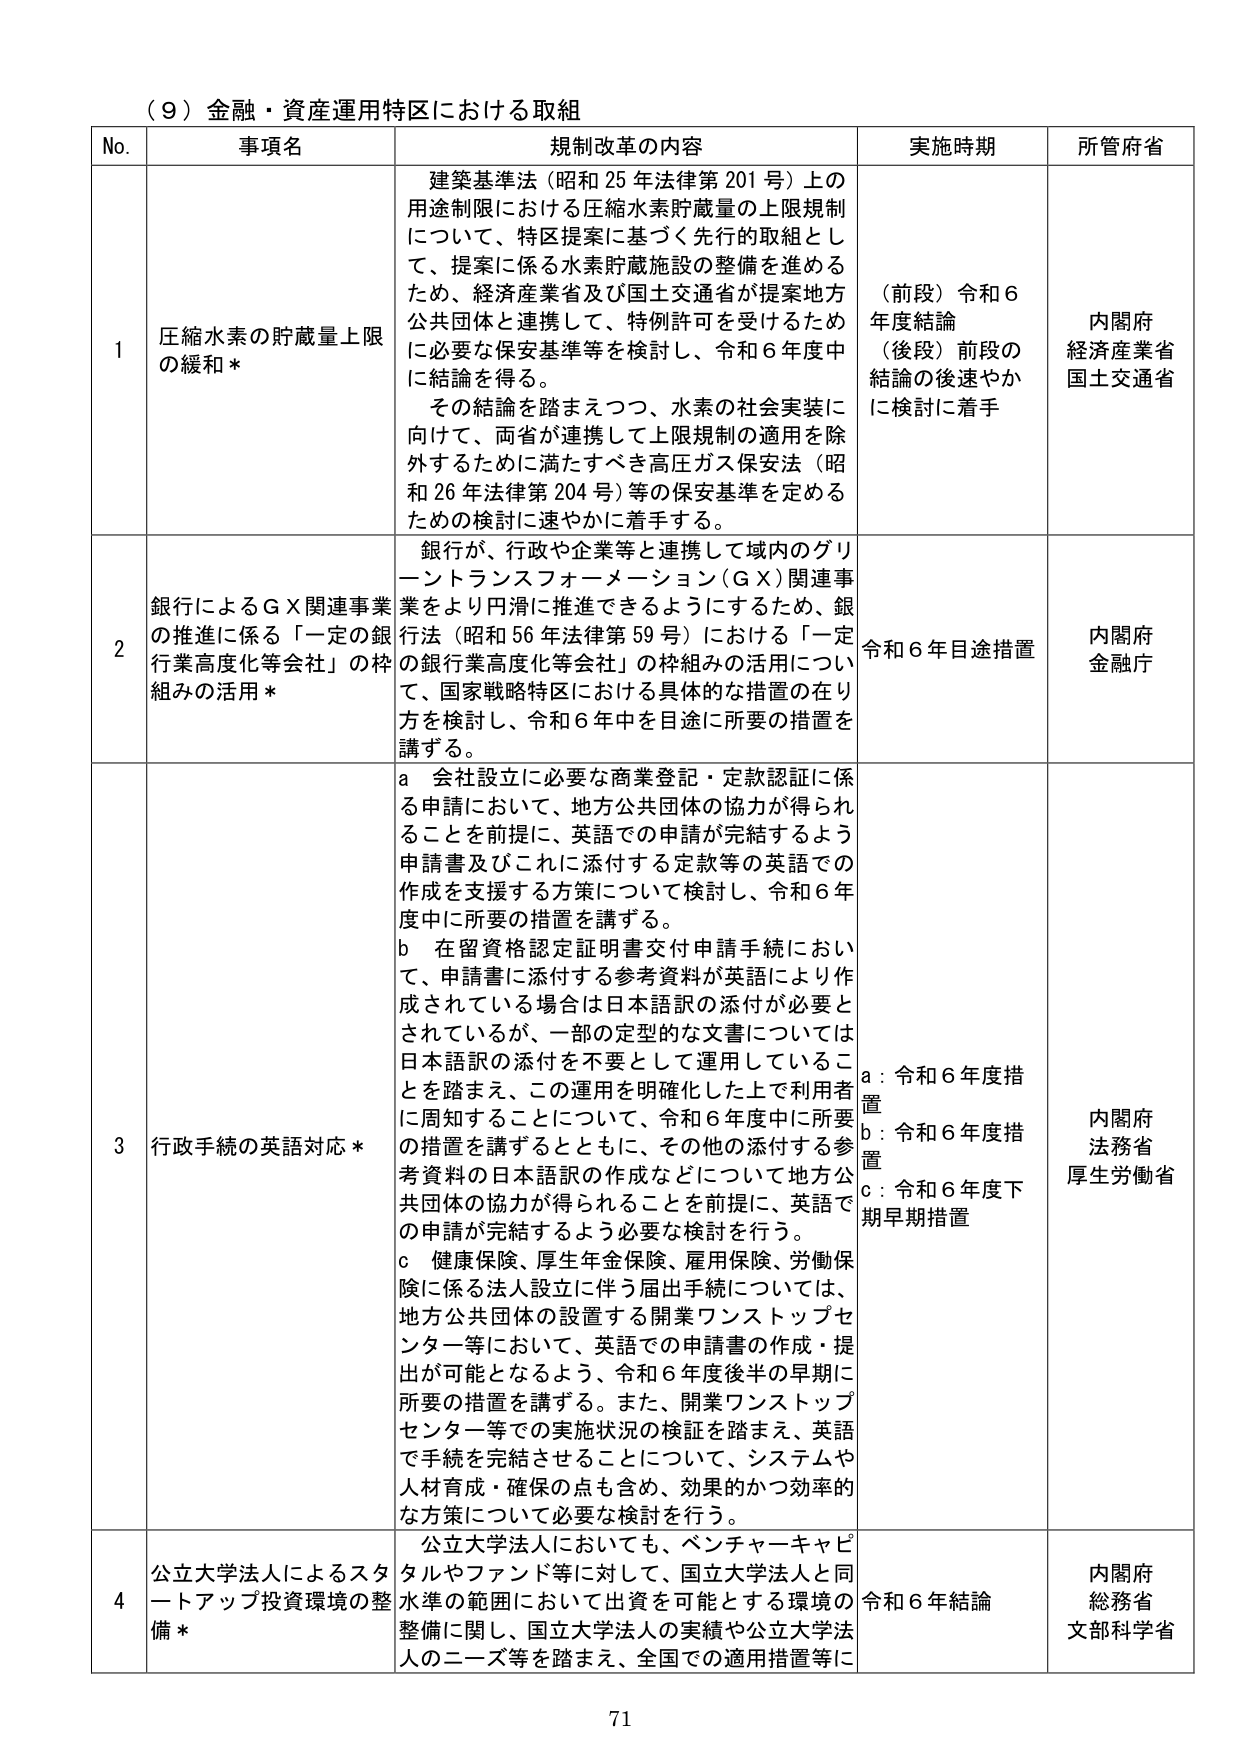
（９）金融・資産運用特区における取組

No. 事項名 規制改革の内容 実施時期 所管府省

1 圧縮水素の貯蔵量上限の緩和*
建築基準法（昭和25年法律第201号）上の用途制限における圧縮水素貯蔵量の上限規制について、特区提案に基づく先行的取組として、提案に係る水素貯蔵施設の整備を進めるため、経済産業省及び国土交通省が提案地方公共団体と連携して、特例許可を受けるために必要な保安基準等を検討し、令和6年度中に結論を得る。
その結論を踏まえつつ、水素の社会実装に向けて、両省が連携して上限規制の適用を除外するために満たすべき高圧ガス保安法（昭和26年法律第204号）等の保安基準を定めるための検討に速やかに着手する。
（前段）令和6年度結論
（後段）前段の結論の後速やかに検討に着手
内閣府
経済産業省
国土交通省

2 銀行によるＧＸ関連事業の推進に係る「一定の銀行業高度化等会社」の枠組みの活用*
銀行が、行政や企業等と連携して域内のグリーントランスフォーメーション（ＧＸ）関連事業をより円滑に推進できるようにするため、銀行法（昭和56年法律第59号）における「一定の銀行業高度化等会社」の枠組みの活用について、国家戦略特区における具体的な措置の在り方を検討し、令和6年中を目途に所要の措置を講ずる。
令和6年目途措置
内閣府
金融庁

3 行政手続の英語対応*
a 会社設立に必要な商業登記・定款認証に係る申請において、地方公共団体の協力が得られることを前提に、英語での申請が完結するよう申請書及びこれに添付する定款等の英語での作成を支援する方策について検討し、令和6年度中に所要の措置を講ずる。
b 在留資格認定証明書交付申請手続において、申請書に添付する参考資料が英語により作成されている場合は日本語訳の添付が必要とされているが、一部の定型的な文書については日本語訳の添付を不要として運用していることを踏まえ、この運用を明確化した上で利用者に周知することについて、令和6年度中に所要の措置を講ずるとともに、その他の添付する参考資料の日本語訳の作成などについて地方公共団体の協力が得られることを前提に、英語での申請が完結するよう必要な検討を行う。
c 健康保険、厚生年金保険、雇用保険、労働保険に係る法人設立に伴う届出手続については、地方公共団体の設置する開業ワンストップセンター等において、英語での申請書の作成・提出が可能となるよう、令和6年度後半の早期に所要の措置を講ずる。また、開業ワンストップセンター等での実施状況の検証を踏まえ、英語で手続を完結させることについて、システムや人材育成・確保の点も含め、効果的かつ効率的な方策について必要な検討を行う。
a：令和6年度措置
b：令和6年度措置
c：令和6年度下期早期措置
内閣府
法務省
厚生労働省

4 公立大学法人によるスタートアップ投資環境の整備*
公立大学法人においても、ベンチャーキャピタルやファンド等に対して、国立大学法人と同水準の範囲において出資を可能とする環境の整備に関し、国立大学法人の実績や公立大学法人のニーズ等を踏まえ、全国での適用措置等に
令和6年結論
内閣府
総務省
文部科学省

71